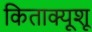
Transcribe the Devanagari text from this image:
किताक्यूशू